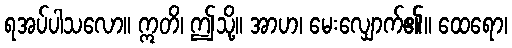
ရအပ်ပါသလော။ ဣတိ၊ ဤသို့။ အာဟ၊ မေးလျှောက်၏။ ထေရော၊